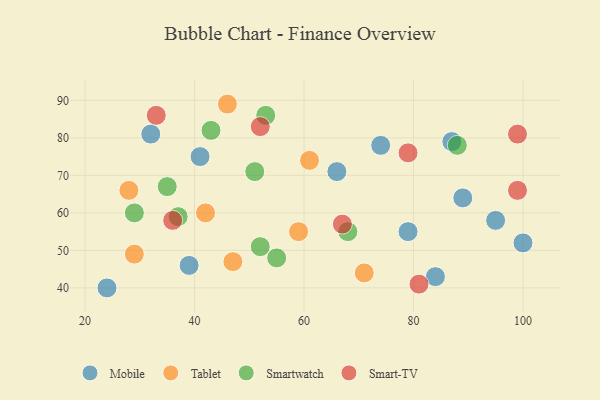
{"axis": {"x": "GDP", "y": "Life Expectancy"}, "legend": ["Mobile", "Smart-TV", "Smartwatch", "Tablet"], "data": [{"x": "87", "y": 79, "type": "Mobile"}, {"x": "95", "y": 58, "type": "Mobile"}, {"x": "41", "y": 75, "type": "Mobile"}, {"x": "39", "y": 46, "type": "Mobile"}, {"x": "32", "y": 81, "type": "Mobile"}, {"x": "66", "y": 71, "type": "Mobile"}, {"x": "74", "y": 78, "type": "Mobile"}, {"x": "84", "y": 43, "type": "Mobile"}, {"x": "100", "y": 52, "type": "Mobile"}, {"x": "79", "y": 55, "type": "Mobile"}, {"x": "24", "y": 40, "type": "Mobile"}, {"x": "89", "y": 64, "type": "Mobile"}, {"x": "59", "y": 55, "type": "Tablet"}, {"x": "42", "y": 60, "type": "Tablet"}, {"x": "46", "y": 89, "type": "Tablet"}, {"x": "29", "y": 49, "type": "Tablet"}, {"x": "47", "y": 47, "type": "Tablet"}, {"x": "28", "y": 66, "type": "Tablet"}, {"x": "61", "y": 74, "type": "Tablet"}, {"x": "71", "y": 44, "type": "Tablet"}, {"x": "37", "y": 59, "type": "Smartwatch"}, {"x": "55", "y": 48, "type": "Smartwatch"}, {"x": "35", "y": 67, "type": "Smartwatch"}, {"x": "43", "y": 82, "type": "Smartwatch"}, {"x": "29", "y": 60, "type": "Smartwatch"}, {"x": "52", "y": 51, "type": "Smartwatch"}, {"x": "68", "y": 55, "type": "Smartwatch"}, {"x": "88", "y": 78, "type": "Smartwatch"}, {"x": "53", "y": 86, "type": "Smartwatch"}, {"x": "51", "y": 71, "type": "Smartwatch"}, {"x": "36", "y": 58, "type": "Smart-TV"}, {"x": "52", "y": 83, "type": "Smart-TV"}, {"x": "99", "y": 66, "type": "Smart-TV"}, {"x": "79", "y": 76, "type": "Smart-TV"}, {"x": "81", "y": 41, "type": "Smart-TV"}, {"x": "67", "y": 57, "type": "Smart-TV"}, {"x": "99", "y": 81, "type": "Smart-TV"}, {"x": "33", "y": 86, "type": "Smart-TV"}]}